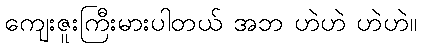
ကျေးဇူးကြီးမားပါတယ် အဘ ဟဲဟဲ ဟဲဟဲ။